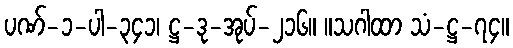
ပဏ်-၁-ပါ-၃၄၁၊ ဋ္ဌ-ဒု-အုပ်-၂၁၆။ ။သဂါထာ သံ-ဋ္ဌ-၇၄။